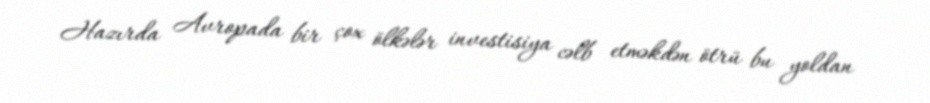
Hazırda Avropada bir çox ölkələr investisiya cəlb etməkdən ötrü bu yoldan